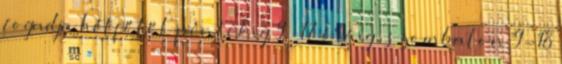
fogadja hétfőtől péntekig 9 – 17 óráig, szombaton 9-18